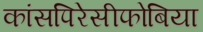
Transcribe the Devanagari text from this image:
कांसपिरेसीफोबिया